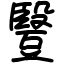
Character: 䝂